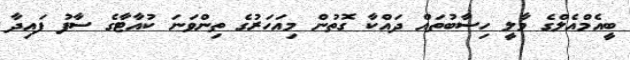
ބީއެމްއެލްގެ މާލީ ހިސާބުތައް ދައްކާ ގޮތުން މިއަހަރުގެ ތިންވަނަ ކުއާޓާގެ ސާފު ފައިދާ